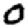
Digit: 0